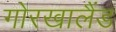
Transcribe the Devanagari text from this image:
गोरखालैंड